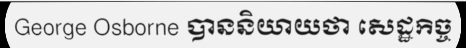
George Osborne បាននិយាយថា សេដ្ឋកិច្ច